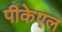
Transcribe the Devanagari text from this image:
पीकेएल